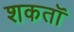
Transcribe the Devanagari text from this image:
शकतॉ